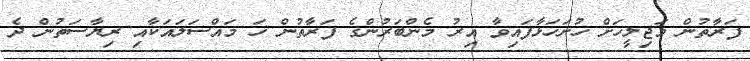
ފަރާތުން މަޖިލީހަށް ހުށަހަޅާފައިވާ އިރު މެންބަރުންގެ ފަރާތުން ހަ މައްސަލައަކާއި ރިޔާސަތުން ދެ